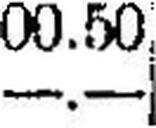
—.—